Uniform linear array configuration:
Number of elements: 16
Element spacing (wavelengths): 0.75
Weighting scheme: hamming
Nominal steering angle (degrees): -60
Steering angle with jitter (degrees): -58.943
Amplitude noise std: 0.05
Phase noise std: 0.05

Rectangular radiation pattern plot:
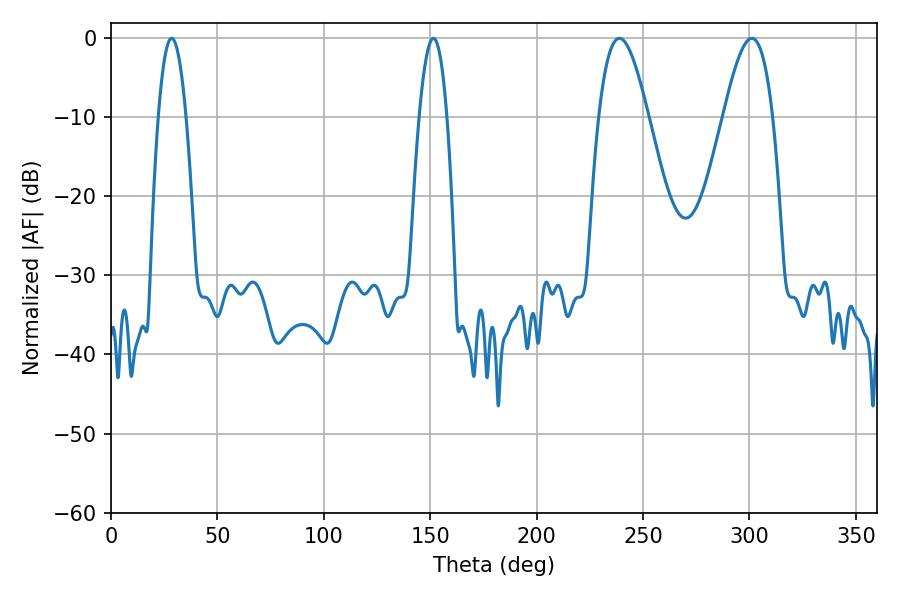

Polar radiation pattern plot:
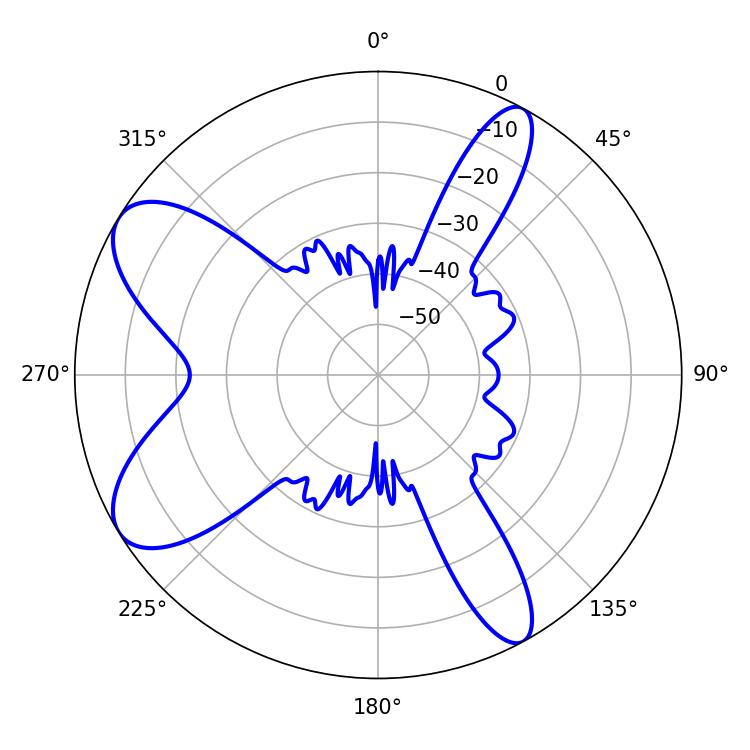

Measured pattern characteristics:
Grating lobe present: TRUE
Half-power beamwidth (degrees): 12.42
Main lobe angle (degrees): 238.86